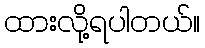
ထားလို့ရပါတယ်။